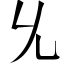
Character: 𠃔